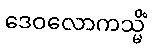
ဒေဝလောကသ္မိံ